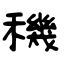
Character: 穖